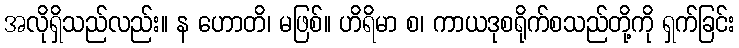
အလိုရှိသည်လည်း။ န ဟောတိ၊ မဖြစ်။ ဟိရိမာ စ၊ ကာယဒုစရိုက်စသည်တို့ကို ရှက်ခြင်း